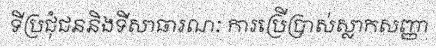
ទីប្រជុំជននិងទីសាធារណៈ ការប្រើប្រាស់ស្លាកសញ្ញា